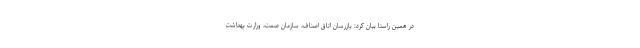
در همین راستا بیان کرد: بازرسان اتاق اصناف، سازمان صمت، وزارت بهداشت